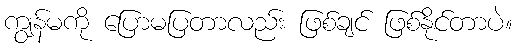
ကျွန်မကို ပြောမပြတာလည်း ဖြစ်ချင် ဖြစ်နိုင်တာပဲ။